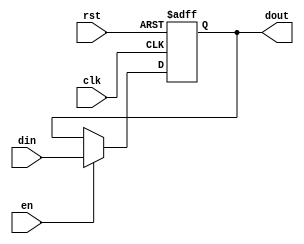
module ff(
input clk,rst,din,en,
output reg dout
    );
   
    always@ (posedge clk or negedge rst)
    begin
    if(!rst)
       dout<=1'b0;
    else if(en)
       dout<=din;
    end
endmodule